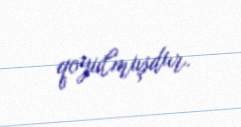
qoyulmuşdur.